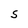
Character: s